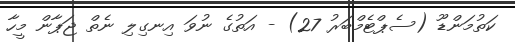
ކަތުމަންޑޫ (ސެޕްޓެމްބަރު 27) - އަތުގެ ނުވަ އިނގިލި ނެތް ޖަޕާން މީހާ